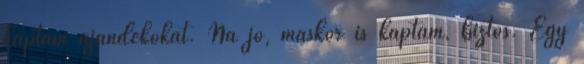
kaptam ajándékokat. Na jó, máskor is kaptam, biztos. Egy